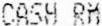
CASH RM